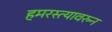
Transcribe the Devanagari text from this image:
हमरस्त्यावरुन